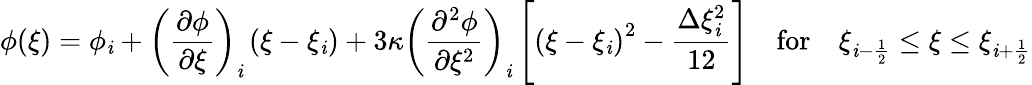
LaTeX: \phi(\xi)=\phi_{\mathit{i}}+\left(\frac{{\partial\phi}}{{\partial\xi}}\right)_{\mathit{i}}\left(\xi-\xi_{\mathit{i}}\right)+3\kappa\left(\frac{{\partial^{2}\phi}}{{\partial\xi^{2}}}\right)_{\mathit{i}}\left[\left(\xi-\xi_{\mathit{i}}\right)^{2}-\frac{{\Delta\xi_{\mathit{i}}^{2}}}{{12}}\right]\quad\mathrm{{for}}\quad\xi_{\mathit{i}-\frac{{1}}{{2}}}\le\xi\le\xi_{\mathit{i}+\frac{{1}}{{2}}}